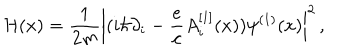
{ \cal H } ( x ) = { \frac { 1 } { 2 m } } \left| ( i \hbar \partial _ { i } - { \frac { e } { c } } A _ { i } ^ { [ 1 ] } ( x ) ) \psi ^ { ( 1 ) } ( x ) \right| ^ { 2 } \, ,